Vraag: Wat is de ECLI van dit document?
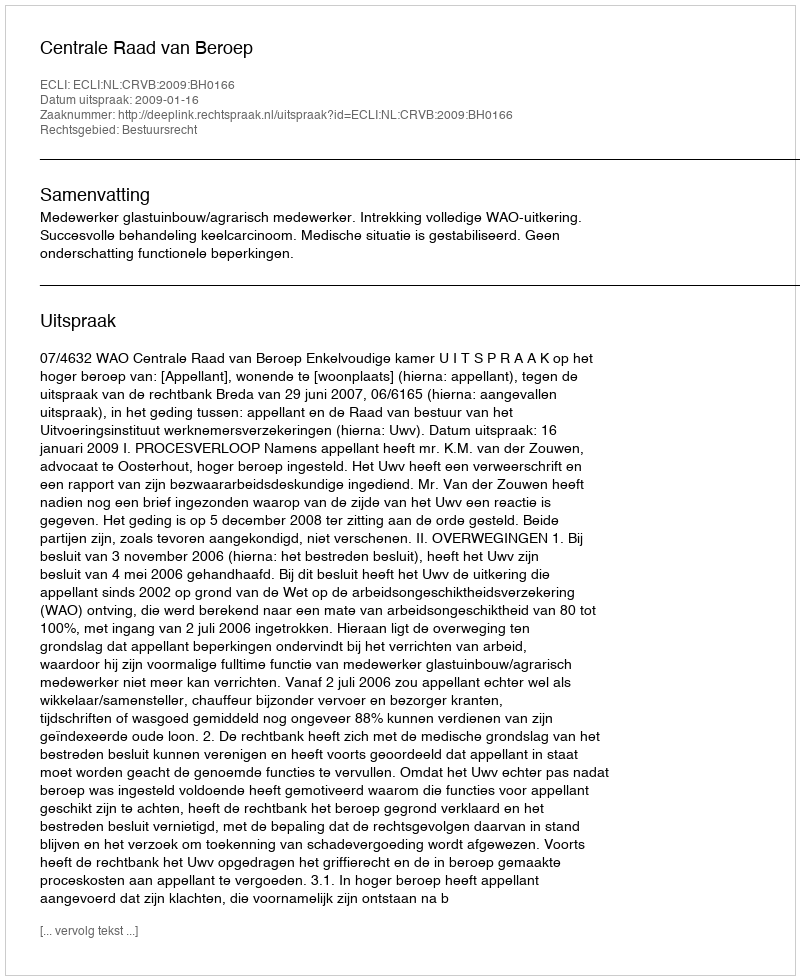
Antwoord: ECLI:NL:CRVB:2009:BH0166